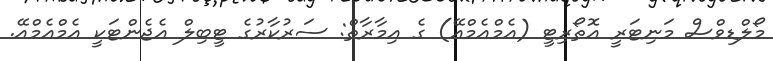
މޯލްޑިވްސް މަނިޓަރީ އޮތޯރިޓީ (އެމްއެމްއޭ) ގެ އިމާރާތް: ސަރުކާރުގެ ޓީބިލް އެޖެންޓަކީ އެމްއެމްއޭ.